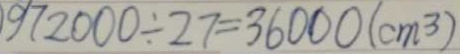
9 7 2 0 0 0 \div 2 7 = 3 6 0 0 0 ( c m ^ { 3 } )